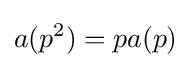
a(p^{2})=pa(p)